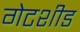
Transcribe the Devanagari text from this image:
गेटशीड